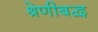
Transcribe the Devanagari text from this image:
श्रेणीबद्व